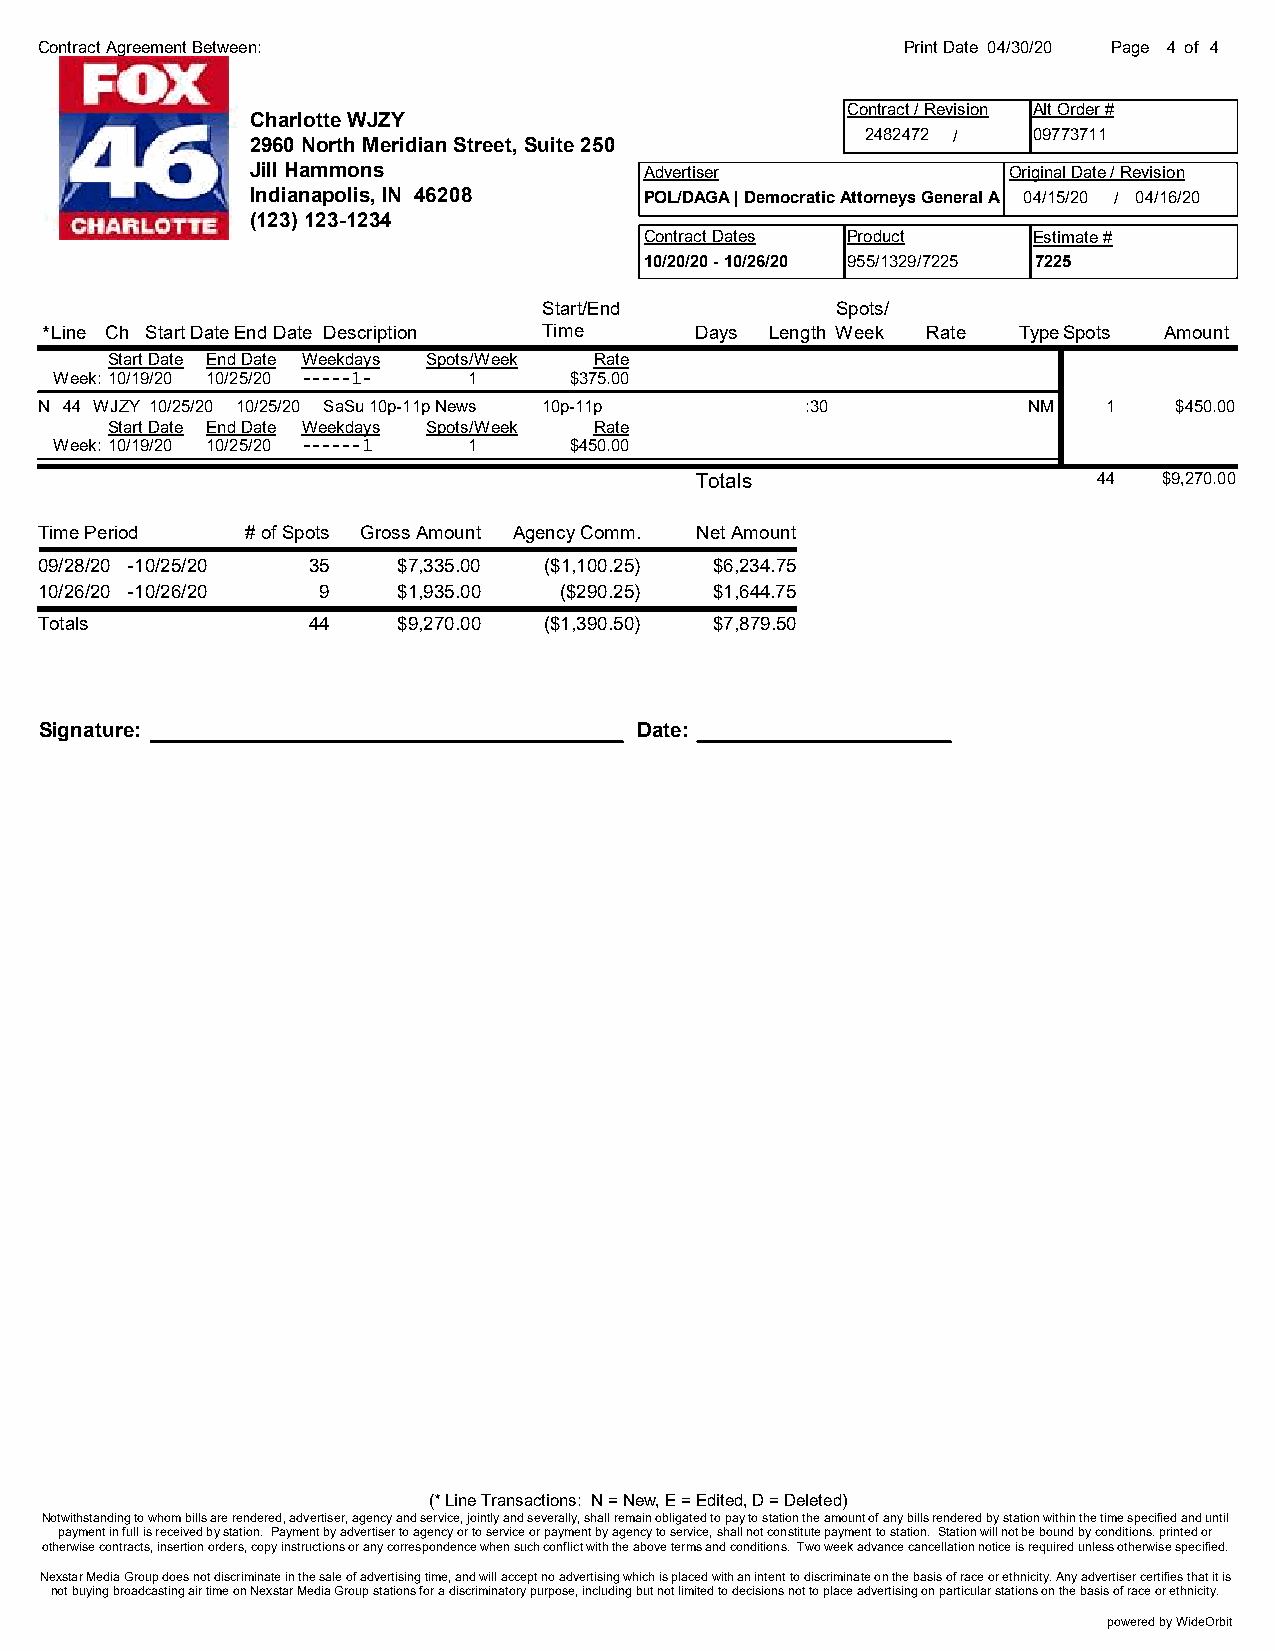
Contract Agreement Between:                               Print Date 04/30/20 Page 4 of 4
 Contract / Revision Alt Order #
 Charlotte WJZY
 2482472 /  09773711
 2960 North Meridian Street, Suite 250
 Jill Hammons              Advertiser              Original Date / Revision
 Indianapolis, IN 46208    POL/DAGA | Democratic Attorneys General Asso0c4 /P1A5C/20 / 04/16/20
 (123) 123-1234
 Contract Dates Product   Estimate #
 10/20/20 - 10/26/20 955/1329/7225 7225
 Start/End          Spots/
 *Line Ch Start DateEnd Date Description Time Days Length Week Rate TypeSpots Amount
 Start Date End Date Weekdays Spots/Week Rate
 Week: 10/19/20 10/25/20 -----1- 1 $375.00
 N 44 WJZY 10/25/20 10/25/20 SaSu 10p-11p News 10p-11p :30         NM   1    $450.00
 Start Date End Date Weekdays Spots/Week Rate
 Week: 10/19/20 10/25/20 ------1 1 $450.00
 Totals                     44  $9,270.00
 Time Period   # of Spots Gross Amount Agency Comm. Net Amount
 09/28/20 -10/25/20 35   $7,335.00 ($1,100.25) $6,234.75
 10/26/20 -10/26/20 9    $1,935.00  ($290.25) $1,644.75
 Totals            44    $9,270.00 ($1,390.50) $7,879.50
 Signature:                             Date:
 (* Line Transactions: N = New, E = Edited, D = Deleted)
 Notwithstanding to whom bills are rendered, advertiser, agency and service, jointly and severally, shall remain obligated to pay to station the amount of any bills rendered by station within the time specified and until
 payment in full is received by station. Payment by advertiser to agency or to service or payment by agency to service, shall not constitute payment to station. Station will not be bound by conditions. printed or
 otherwise contracts, insertion orders, copy instructions or any correspondence when such conflict with the above terms and conditions. Two week advance cancellation notice is required unless otherwise specified.
 Nexstar Media Group does not discriminate in the sale of advertising time, and will accept no advertising which is placed with an intent to discriminate on the basis of race or ethnicity. Any advertiser certifies that it is
 not buying broadcasting air time on Nexstar Media Group stations for a discriminatory purpose, including but not limited to decisions not to place advertising on particular stations on the basis of race or ethnicity.
 powered by WideOrbit